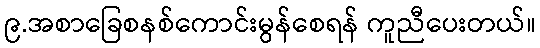
၉.အစာခြေစနစ်ကောင်းမွန်စေရန် ကူညီပေးတယ်။